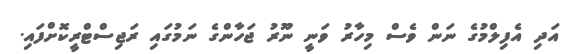
އަދި އެފިލްމުގެ ނަން ވެސް މިހާރު ވަނީ ނޫރު ޖަހާންގެ ނަމުގައި ރަޖިސްޓްރީކޮށްފައި.